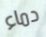
دماء